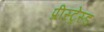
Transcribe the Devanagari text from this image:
प्रीस्ट्रेस्ड